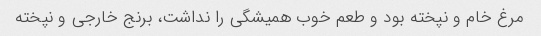
مرغ خام و نپخته بود و طعم خوب همیشگی را نداشت، برنج خارجی و نپخته